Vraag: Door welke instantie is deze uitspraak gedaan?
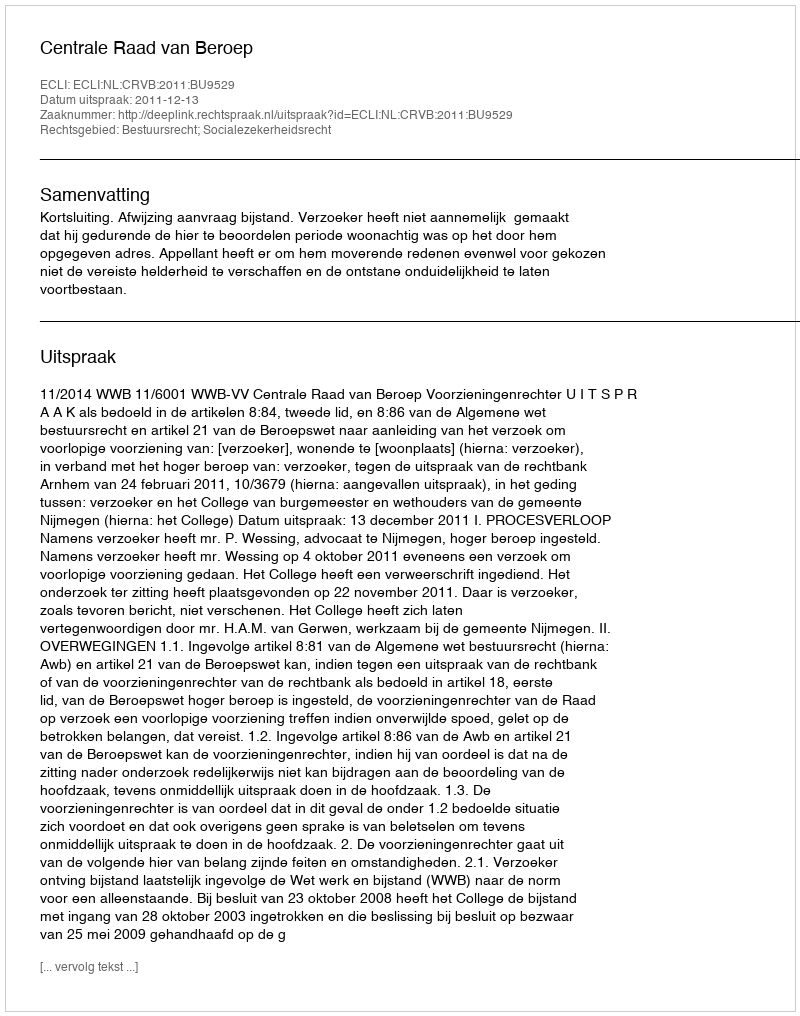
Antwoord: Centrale Raad van Beroep